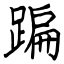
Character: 蹁